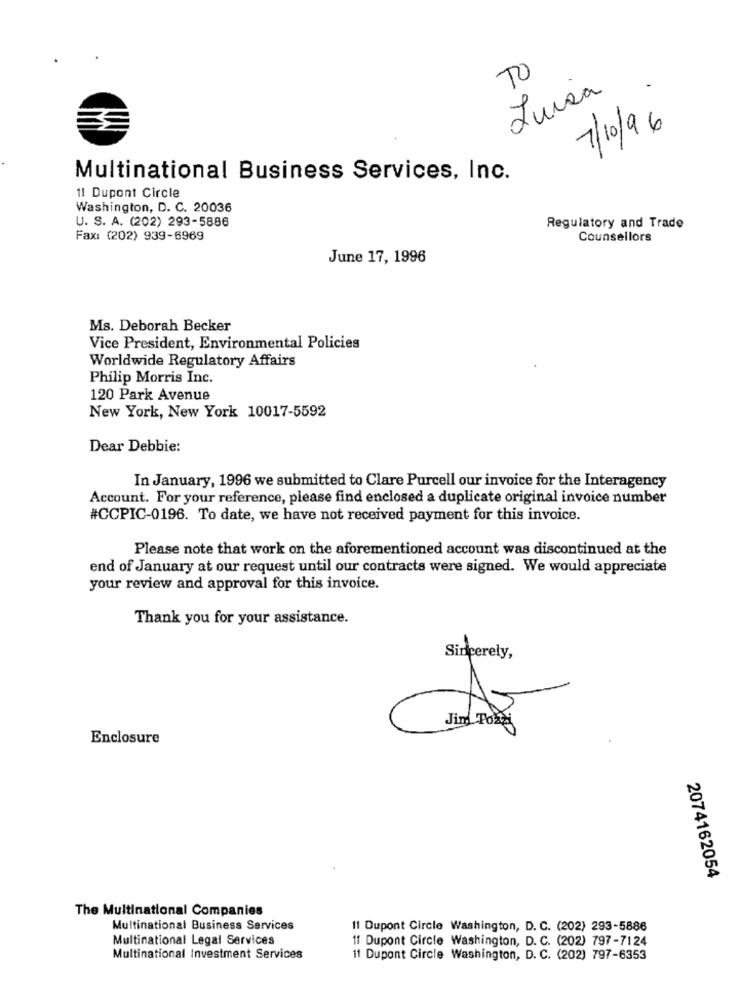
TO
Luisa
7/10/96
Multinational Business Services, Inc.
11 Dupont Circle
Washington, D. C. 20036
U. S. A. (202) 293-5886
Regulatory and Trade
Fax: (202) 939-6969
Counsellors
June 17, 1996
Ms. Deborah Becker
Vice President, Environmental Policies
Worldwide Regulatory Affairs
Philip Morris Inc.
120 Park Avenue
New York, New York 10017-5592
Dear Debbie:
In January, 1996 we submitted to Clare Purcell our invoice for the Interagency
Account. For your reference, please find enclosed a duplicate original invoice number
#CCPIC-0196. To date, we have not received payment for this invoice.
Please note that work on the aforementioned account was discontinued at the
end of January at our request until our contracts were signed. We would appreciate
your review and approval for this invoice.
Thank you for your assistance.
Sincerely,
Enclosure
2074162054
The Multinational Companies
Multinational Business Services
11 Dupont Circle Washington, D. C. (202) 293-5886
Multinational Legal Services
If Dupont Circle Washington, D. C. (202) 797-7124
Multinational Investment Services
11 Dupont Circle Washington, D. C. (202) 797-6353